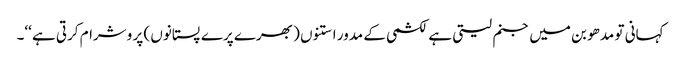
کہانی تو مدھو بن میں جنم لیتی ہے لکشمی کے مدور استنوں ( بھرے پرے پستانوں ) پر وشرام کرتی ہے ‘‘۔